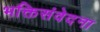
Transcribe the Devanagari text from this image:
भक्तिसंवेदना